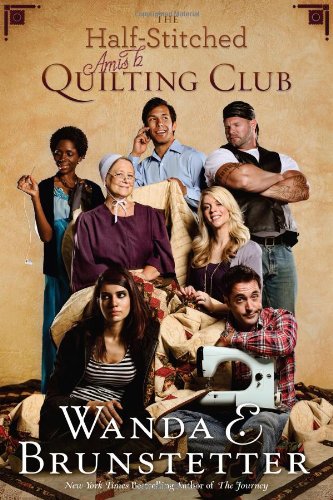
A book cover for The Half-Stitched Amish Quilting Club; Wanda E. Brunstetter; Romance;